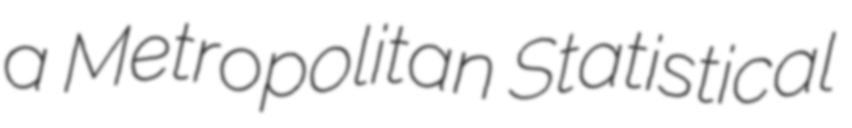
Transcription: a Metropolitan Statistical